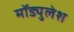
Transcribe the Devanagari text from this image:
मॉड्युलेश